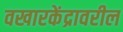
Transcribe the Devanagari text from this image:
वखारकेंद्रावरील